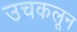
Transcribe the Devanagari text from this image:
उचकलून